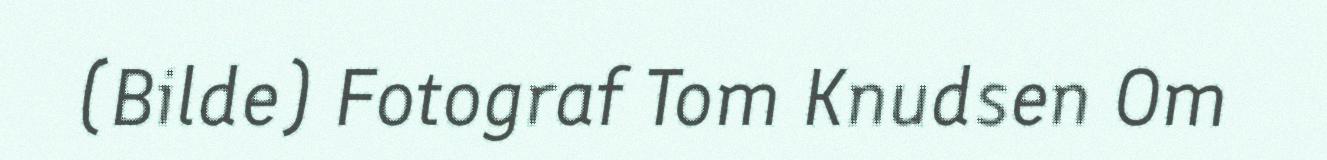
(Bilde) Fotograf Tom Knudsen Om